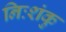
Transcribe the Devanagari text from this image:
निःशंकु